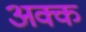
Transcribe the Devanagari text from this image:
अक्क